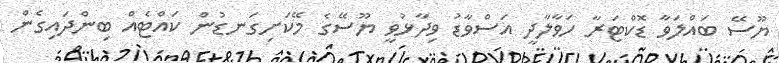
ޔޫސޭ ބައްލަވާ ޑޮކްޓަރާ ހަވާލާދީ އަސްވާޑު ވިދާޅުވީ ޔޫސޭގެ މޭކަށިގަނޑުން ކައްޓެއް ބިންދައިގެން